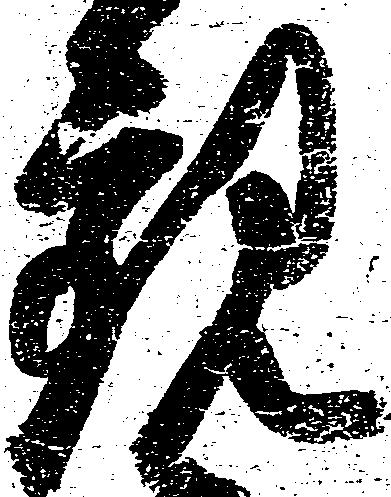
観